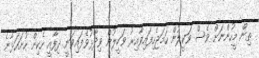
ތިން މީހުންނަށް ވެސް ވަކީލުން ހަމަޖެހިފައިވާއިރު ވަކީލުން ވިދާޅުވެފައިވަނީ ދިފާއީ ހެކިން ހުށަހަޅާނެ